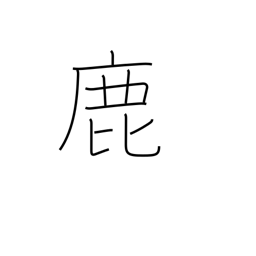
Meaning: deer